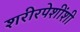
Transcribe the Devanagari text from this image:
शरीरपेशींशी